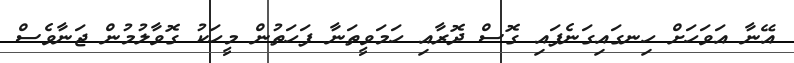
އޭނާ އަވަހަށް ހިނގައިގަނެފައި ގޮސް ދޮރާއި ހަމަވީތަނާ ފަހަތުން މީހަކު ގޮވާލުމުން ޖަނާވެސް